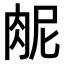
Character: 𫆜